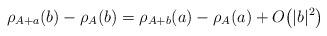
LaTeX: \begin{gather*}\rho_{A+a} (b)-\rho_{A}(b)=\rho_{A+b}(a) -\rho_{A}(a)+O\big(\vert b\vert^{2}\big)\end{gather*}